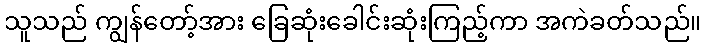
သူသည် ကျွန်တော့်အား ခြေဆုံးခေါင်းဆုံးကြည့်ကာ အကဲခတ်သည်။